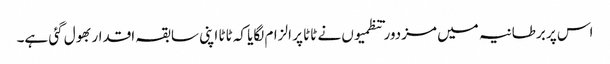
اس پر برطانیہ میں مزدور تنظمیوں نے ٹاٹا پر الزام لگایا کہ ٹاٹا اپنی سابقہ اقدار بھول گئی ہے۔